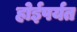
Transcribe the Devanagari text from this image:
होईपर्यत